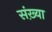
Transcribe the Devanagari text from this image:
संख़्या